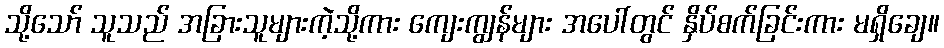
သို့သော် သူသည် အခြားသူများကဲ့သို့ကား ကျေးကျွန်များ အပေါ်တွင် နှိပ်စက်ခြင်းကား မရှိချေ။